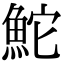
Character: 鮀